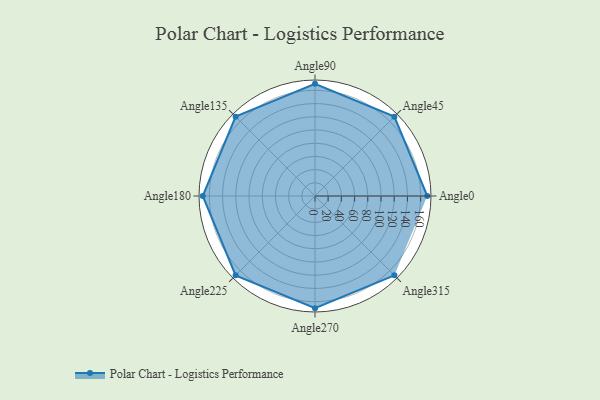
{"axis": {"x": "Angle", "y": "Radius"}, "legend": [""], "data": [{"x": "Angle0", "y": 170, "type": ""}, {"x": "Angle45", "y": 170, "type": ""}, {"x": "Angle90", "y": 170, "type": ""}, {"x": "Angle135", "y": 170, "type": ""}, {"x": "Angle180", "y": 170, "type": ""}, {"x": "Angle225", "y": 170, "type": ""}, {"x": "Angle270", "y": 170, "type": ""}, {"x": "Angle315", "y": 170, "type": ""}]}